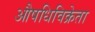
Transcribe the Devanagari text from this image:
औषधिविक्रेता